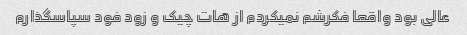
عالی بود واقعا فکرشم نمیکردم از هات چیک و زود فود سپاسگذارم